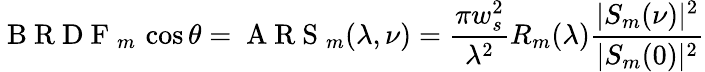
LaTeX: \mathrm{~B~R~D~F~}_{m}\thinspace\cos\theta=\mathrm{~A~R~S~}_{m}(\lambda,\nu)=\frac{\pi w_{s}^{2}}{\lambda^{2}}R_{m}(\lambda)\frac{|S_{m}(\nu)|^{2}}{|S_{m}(0)|^{2}}